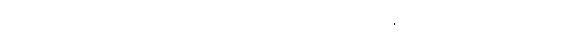
အားကောင်းလာသည်ကို အသုံးပြုနေကျ မမြရင်ကို ခေါ်ပြောတယ် အိုရီယမ်တယ် မွေးမြူထုတ်လုပ်